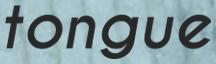
tongue